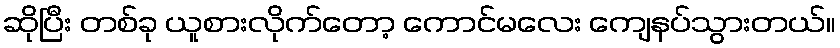
ဆိုပြီး တစ်ခု ယူစားလိုက်တော့ ကောင်မလေး ကျေနပ်သွားတယ်။